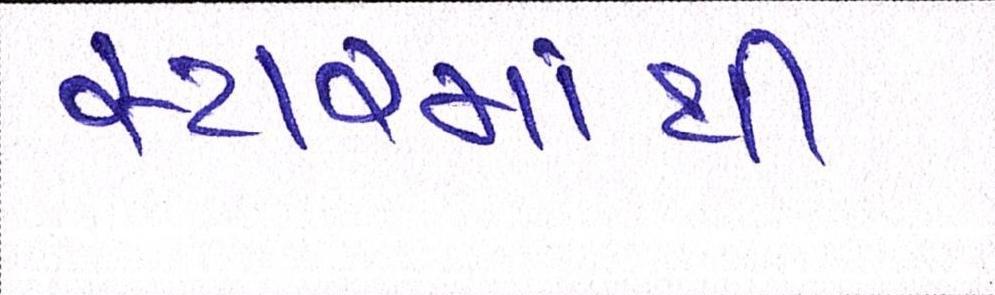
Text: સ્ટારમાંથી